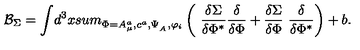
{ \cal B } _ { \Sigma } = \displaystyle { \int } { d } ^ { 3 } x \displaystyle { s u m _ { \Phi = A _ { \mu } ^ { a } , c ^ { a } , \Psi _ { _ A } , \varphi _ { i } } ^ { } } \left( { \displaystyle { \ \frac { \delta \Sigma } { \delta \Phi ^ { * } } } } { \displaystyle { \frac { \delta } { \delta \Phi } } } + { \displaystyle { \frac { \delta \Sigma } { \delta \Phi } } } { \displaystyle { \ \frac { \delta } { \delta \Phi ^ { * } } } } \right) + b .